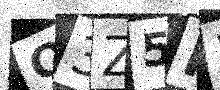
Text: O3Z5R3